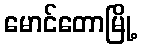
မောင်တောမြို့